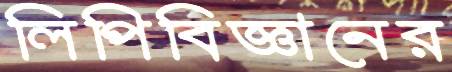
লিপিবিজ্ঞানের